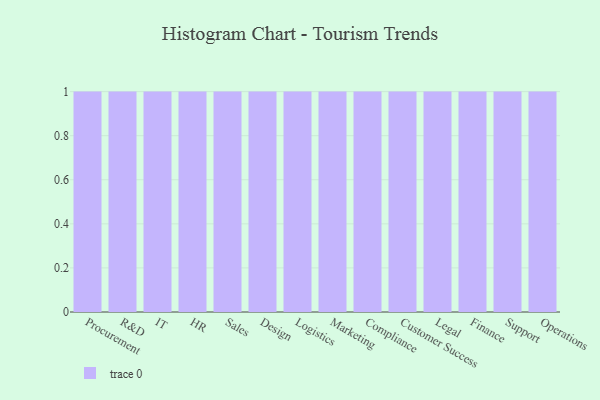
{"axis": {"x": "Department", "y": "Backlog"}, "legend": [""], "data": [{"x": "Procurement", "y": 79, "type": ""}, {"x": "R&D", "y": 98, "type": ""}, {"x": "IT", "y": 33, "type": ""}, {"x": "HR", "y": 93, "type": ""}, {"x": "Sales", "y": 80, "type": ""}, {"x": "Design", "y": 57, "type": ""}, {"x": "Logistics", "y": 83, "type": ""}, {"x": "Marketing", "y": 12, "type": ""}, {"x": "Compliance", "y": 67, "type": ""}, {"x": "Customer Success", "y": 54, "type": ""}, {"x": "Legal", "y": 10, "type": ""}, {"x": "Finance", "y": 49, "type": ""}, {"x": "Support", "y": 19, "type": ""}, {"x": "Operations", "y": 9, "type": ""}]}